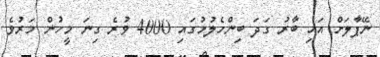
ނޭޕާލަށް އައި ބާރު ގަދަ ބިންހެލުމުގައި 4000 ވުރެ ގިނަ މީހުން މަރުވެ